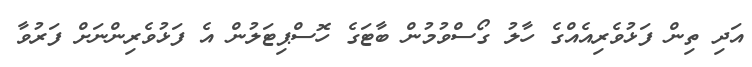
އަދި ތިން ފަޅުވެރިއެއްގެ ހާލު ގޯސްވުމުން ބާޓަގެ ހޮސްޕިޓަލުން އެ ފަޅުވެރިންނަށް ފަރުވާ